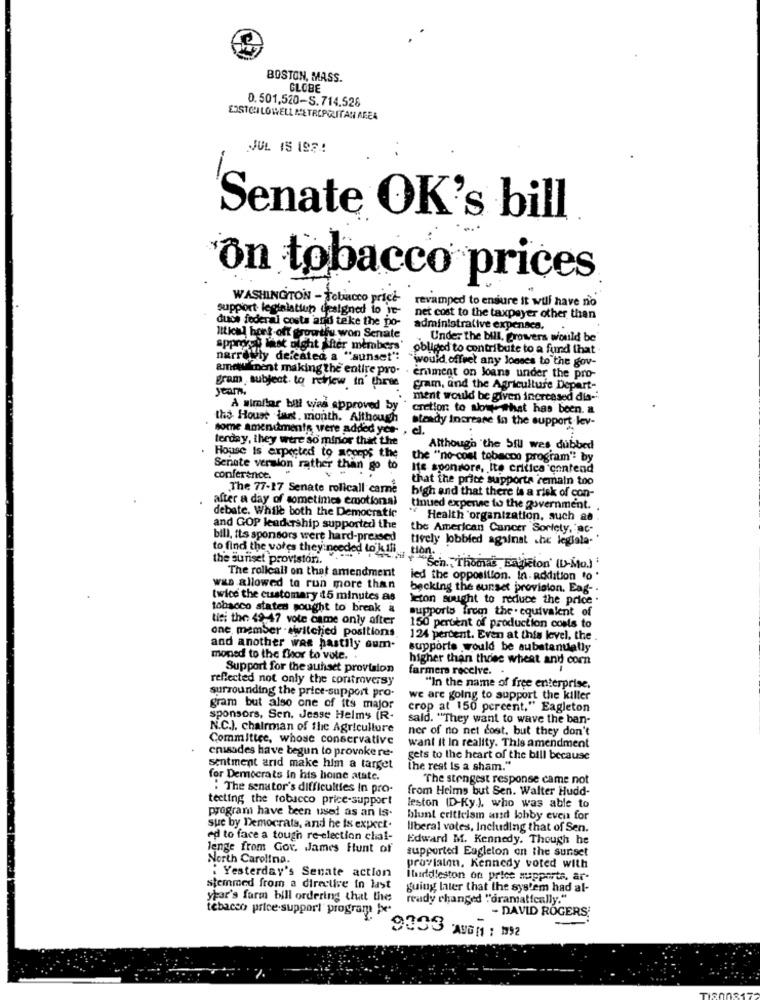
BOSTON, MASS.
GLOBE
0.501,520-S.714.528
ESSTCILOWELL METROPOLITAN AREA
JUL 15 198!
Senate OK's bill
on tobacco prices
WASHINGTON - Tobacco price
revamped to ensure it will have no
support legislation unsigned to it
dude federal costa and teke the po-
net cost to the taxpayer other than
administrative expenaca ..
Iltical hoek-off growthu won Senate
Under the bill, growers would be
sppreys last night After members' obliged to contribute to a fund that
rrewly defeated a "sunset":
wwould offret any lonses to the gov-
amaluliment making the entire pro-
. eniment on loans under the pro-
gram subject to review In' three
Gram, and the Agriculture Depart -.
ment would be given increased dis-".
A similar bill was approved by
cretion to note that has been. a
the House www. month. Although
steady increase in the support lev-
some amendments were added yes-
el.
terday, they were so minor that the
Although "the Sill wes dubbed
. House Is expected to acorps the
the "no-cost tobacco program" by
Senate version rather than go to
Ite sponsors, Ito critica contend
conference.
that the price supporta remain too
The 77-17 Senate rolicall carne
after a day of sometimes emotional
high and that there is a risk of con-
debate. While both the Democratic
tinued expense to the government.
" Health organization, such as
and GOP leadership supported the
the American Cancer Sorlety, ac-
bill, its sponsors were hard-pressed
tively lobbied against .he legiala-
to find the vores they needed to kill
the sunset provistor.
The rollcall on that amendment
Chil +"Sen Thomas Estjeton (D-Mo.) .
led the opposition. in addition to .
was allowed to run more than
becking the sunset provision. Eag- .
twice the customary 15 minutes as
Jeton sought to reduce the price .
tobacco states sought to break a
supports from the . equivalent of
tici the 49-47 vote came only after
one member - awvitched positions
150 percent of production costs to
124 percent. Even at this level, the
and another was hastily aum-
supporte would be substantially
moned to the flor to vote. .
higher than three wheat and corn
Support for the sunset provision
farmers receive. .
reflected not only the controversy
surrounding the price-support pro-
"In the name of free enterprise.
we are going to support the killer
gram but also one of its major
crop at 150 percent," Eagleton
sponsors, Sen. Jesse Helms IR-
said. "They want to wave the ban-
N.C.J. chairman of the Agriculture
ner of no net cost, but they don't
Committee, whose conservative
crusades have begun to provokere.
want it In reality. This amendment
gets to the heart of the bill because
sentment arid make him a target
the rest is a sham."
for Democrats in his hoine atate.
"The stengest response came not
:The senator's difficulties In pro-
from Heims but Sen. Walter Hudd-
tecting the tobacco price-support
program have been used as an Is.
leston (D-Ky), who was able to
blunt criticism and lobby even for
sue by Democrats, and he is expect.
liberal votes, Including that of Sen.
ed to face a tough re-election cha !-
Edward M. Kennedy. Though he
lenge from Gov. James Funt of
supported Eagleton on the sunset
North Carolina.
: Yesterday's Senate action
provlalen. Kennedy voted with
Ihiddleston on price supporta, ar-
stemmed from a directive in last
guing later that the system had al-
year's farm bill ordering that the
ready changed "dramatically."
tebacco price support program be
- DAVID ROGERS;
-
9333 AUGM1 : 1992